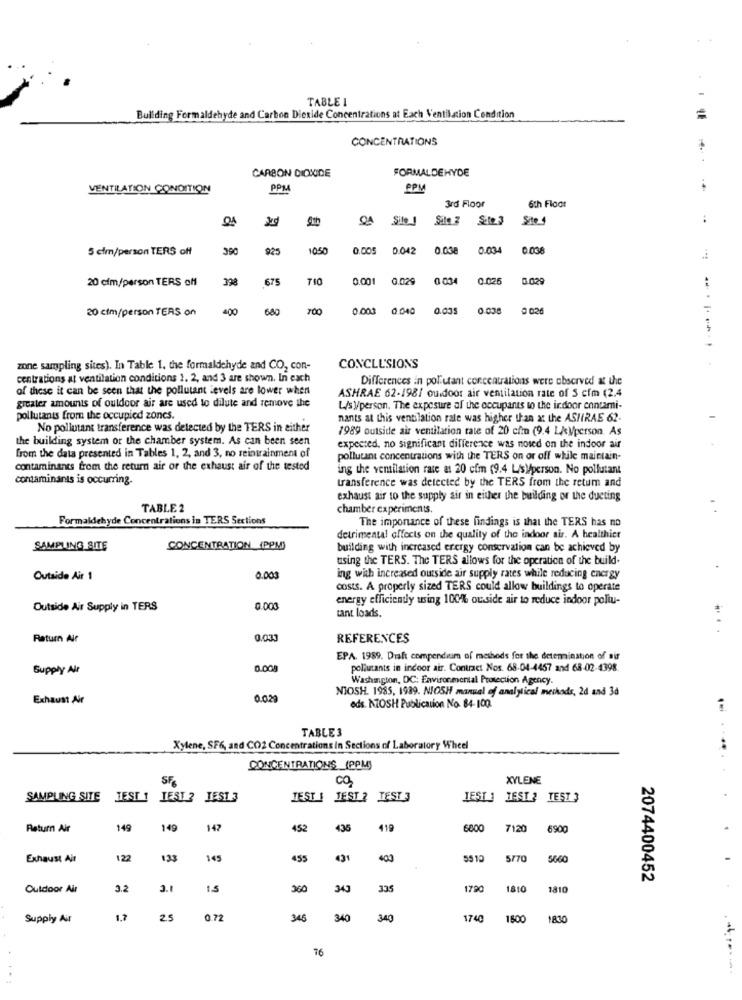
TABLE I
Building Formaldehyde and Carbon Dioxide Concentrations at Each Ventilation Condition
CONCENTRATIONS
FORMALDEHYDE
CARBON DIOXIDE
VENTILATION CONDITION
PPM
PPM
...
3rd Floor
6th Floor
Sth
Site
Site 2
Site3
:
5 cfm/person TERS off
390
925
1050
0.005
0042
0.00
0038
20 cfm/person TERS off
675
0.001
0.02€
0 034
0.025
0.029
20 ctm/person TERS on
400
680
100
0.003
0.040
0.035
0.038
0 026
zone sampling sites). In Table 1. the formaldehyde and CO2 con-
CONCLUSIONS
.........
centrations at ventilation conditions 1. 2, and 3 are shown. In each
Differences in pollutant concentrations were observed at the
of these it can be seen that the pollutant levels are lower when
greater amounts of outdoor air are used to dilute and remove the
ASHRAE 62-198/ ouidoor air ventilation rate of 5 cfm (2.4
L/s V/person. The exposure af the occupants to the indoor contami-
pollutants from the occupied zones.
nants at this ventilation rale was higher than at the ASHRAE 62-
No pollutant transference was detected by the TERS in either
1989 outside air ventilation rate of 20 cfm (9.4 LAVperson. As
the building system or the chamber system. As can been seen
expected, no significant difference was nosed on the indoor air
from the data presented in Tables 1, 2, and 3, no reinirainment of
pollutant concentrations with the TERS on or off while maintain-
contaminants from the return air or the exhaust air of the tested
ing the ventilation rate at 20 cfm (9.4 L/s)person. No pollutant
contaminants is occurring.
transference was detected by the TERS from the retum and
exhaust air to the supply air in either the building of the ducting
TABLE 2
chamber experiments.
Formaldehyde Concentrations in TERS Sections
The importance of these findings is that the TERS has no
detrimental effects on the quality of the indoor air. A healthier
SAMPLING SITE
CONCENTRATION (PPM)
building with increased erergy conservation can be achieved by
using the TERS. The TERS allows for the operation of the build.
Outside Air 1
0.003
ing with increased outside air supply rates while reducing energy
costs. A properly sized TERS could allow buildings to operate
energy efficienty using 100% ouside air to reduce indoor poltu-
Outside Air Supply in TERS
0.000
tant loads.
Return Air
0.03
REFERENCES
EPA. 1989. Draft compendem of methods for the determination of air
Supply Air
0.00
pollutants in indoor air. Contract Nos. 68-04-4457 and 68-02-4398.
Washington, DC: Environmental Protection Agency.
NIOSH. 1985, 1989. NIOSH manual of analytical methods, 2d and 3d
Exhaust Air
002
eds. NOSH Publication No. 84-100
TABLE 3
Xylene, SF6, and CO2 Concentrations In Sections of Laboratory Wheel
CONCENTRATIONS (PPM)
..... .
SF
co
XYLENE
SAMPLING SITE JEST 1 TEST ? JEST 3
TEST 1
TEST ? TEST 3
TEST ] JEST ? TEST 3
Return Air
149
149
147
452
435
419
5000
7120
6900
Exhaust Ait
122
133
145
455
431
510
5/70
5660
2074400452
Outdoor Air
3.2
15
343
335
1720
1810
1810
Supply Air
1.7
25
0.72
346
340
340
1740
1500
1830
76